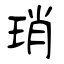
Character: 琑